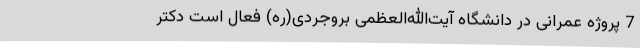
7 پروژه عمرانی در دانشگاه آیت‌الله‌العظمی بروجردی(ره) فعال است دکتر